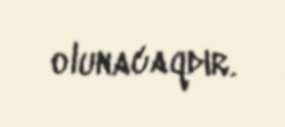
olunacaqdır.